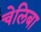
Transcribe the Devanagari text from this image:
चेलिबा